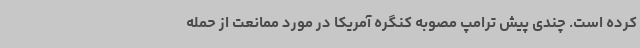
کرده است. چندی پیش ترامپ مصوبه کنگره آمریکا در مورد ممانعت از حمله